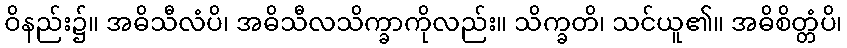
ဝိနည်း၌။ အဓိသီလံပိ၊ အဓိသီလသိက္ခာကိုလည်း။ သိက္ခတိ၊ သင်ယူ၏။ အဓိစိတ္တံပိ၊